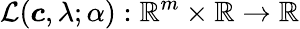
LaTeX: \mathcal{L}(\boldsymbol{c},\lambda;\alpha):\mathbb{R}^{m}\times\mathbb{R}\rightarrow\mathbb{R}